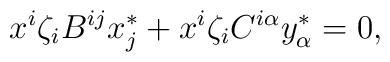
x^i\zeta_iB^{ij}x^*_j+x^i\zeta_iC^{i\alpha}y^*_\alpha=0,